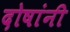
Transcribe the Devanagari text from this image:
दोषांनी